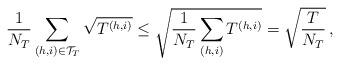
LaTeX: \begin{align*}\frac{1}{N_T} \sum_{(h,i)\in \mathcal{T}_T} \sqrt{T^{(h,i)}} \leq \sqrt{\frac{1}{N_T} \sum_{(h,i)} T^{(h,i)}} = \sqrt{\frac{T}{N_T}} \,,\end{align*}